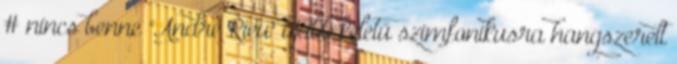
# nincs benne "André Rieu" újabb keletű szimfonikusra hangszerelt